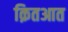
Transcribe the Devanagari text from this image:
क़ितआत